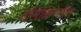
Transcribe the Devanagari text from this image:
टेलिकिनेसीस